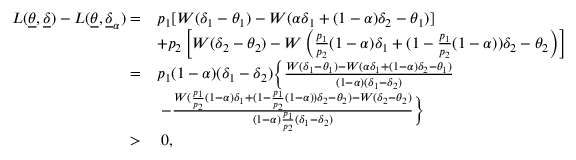
\begin{array} { r l } { L ( \underline { { \theta } } , \underline { { \delta } } ) - L ( \underline { { \theta } } , \underline { { \delta } } _ { \alpha } ) = } & { p _ { 1 } [ W ( \delta _ { 1 } - \theta _ { 1 } ) - W ( \alpha \delta _ { 1 } + ( 1 - \alpha ) \delta _ { 2 } - \theta _ { 1 } ) ] } \\ & { + p _ { 2 } \left[ W ( \delta _ { 2 } - \theta _ { 2 } ) - W \left( \frac { p _ { 1 } } { p _ { 2 } } ( 1 - \alpha ) \delta _ { 1 } + ( 1 - \frac { p _ { 1 } } { p _ { 2 } } ( 1 - \alpha ) ) \delta _ { 2 } - \theta _ { 2 } \right) \right] } \\ { = } & { p _ { 1 } ( 1 - \alpha ) ( \delta _ { 1 } - \delta _ { 2 } ) \bigg \{ \frac { W ( \delta _ { 1 } - \theta _ { 1 } ) - W ( \alpha \delta _ { 1 } + ( 1 - \alpha ) \delta _ { 2 } - \theta _ { 1 } ) } { ( 1 - \alpha ) ( \delta _ { 1 } - \delta _ { 2 } ) } } \\ & { \; - \frac { W ( \frac { p _ { 1 } } { p _ { 2 } } ( 1 - \alpha ) \delta _ { 1 } + ( 1 - \frac { p _ { 1 } } { p _ { 2 } } ( 1 - \alpha ) ) \delta _ { 2 } - \theta _ { 2 } ) - W ( \delta _ { 2 } - \theta _ { 2 } ) } { ( 1 - \alpha ) \frac { p _ { 1 } } { p _ { 2 } } ( \delta _ { 1 } - \delta _ { 2 } ) } \bigg \} } \\ { > } & { \; 0 , } \end{array}